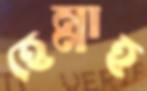
হেন্নাহ